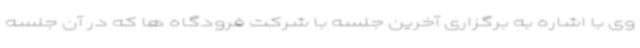
وی با اشاره به برگزاری آخرین جلسه با شرکت فرودگاه ها که در آن جلسه